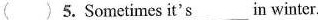
( )5. Sometimes it'sxx in winter.